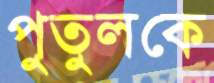
পুতুলকে